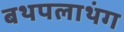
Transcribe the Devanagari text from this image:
बथपलाथंग